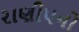
રાણીપનો